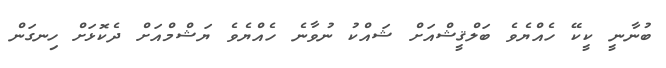
ބުނާނީ ކީކޭ ހެއްޔެވެ ބަލްޤީޝްއަށް ޝައްކު ނުވާނެ ހެއްޔެވެ ޔަޝްމްއަށް ދެކޮޅަށް ހިނގަން